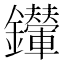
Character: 𨰀